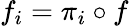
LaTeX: f_{i}=\pi_{i}\circ f